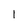
Character: l